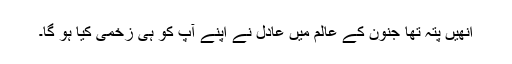
اُنھیں پتہ تھا جنون کے عالم میں عادل نے اپنے آپ کو ہی زخمی کیا ہو گا۔